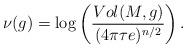
LaTeX: \begin{align*}\nu(g)=\log\left(\frac{Vol(M,g)}{(4\pi\tau e)^{n/2}}\right).\end{align*}